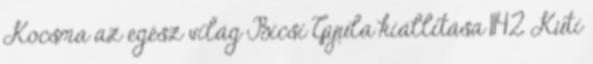
Kocsma az egész világ Bicsi Gyula kiállítása 1142 Kuti